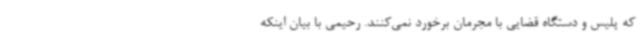
که پلیس و دستگاه قضایی با مجرمان برخورد نمی‌کنند. رحیمی با بیان اینکه